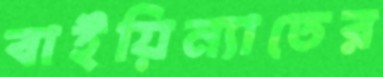
বাইয়িন্যাতের